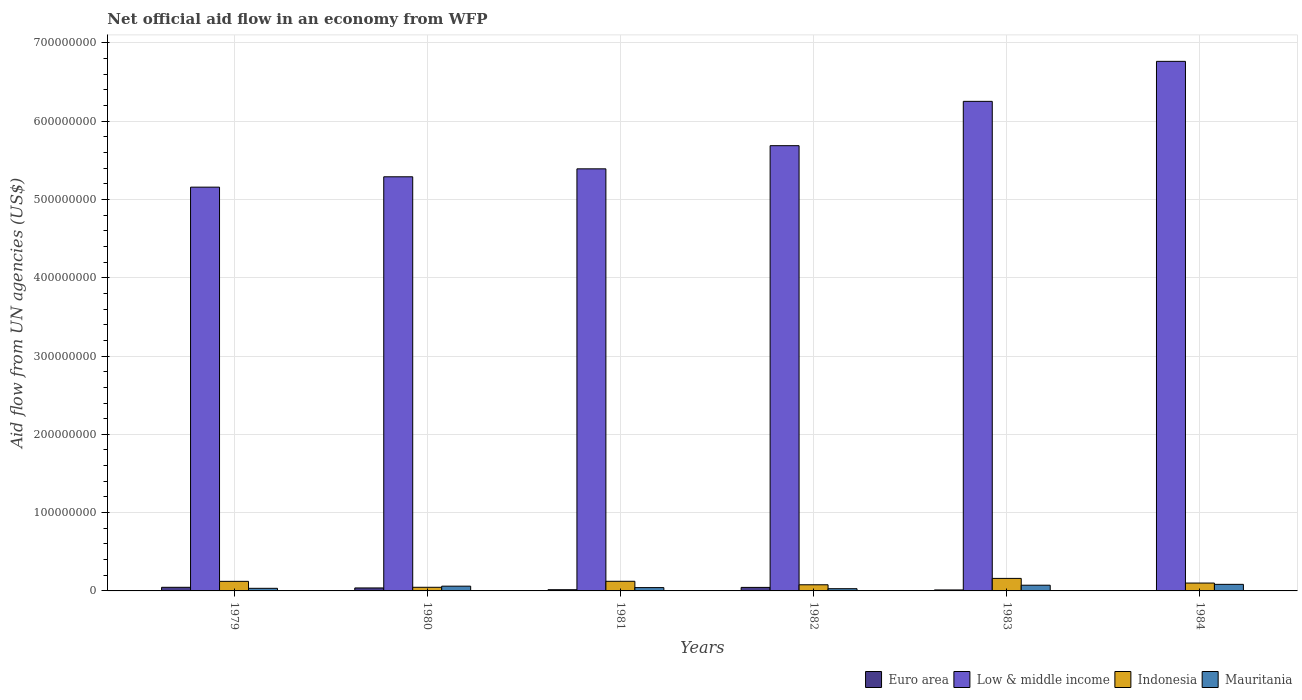
| Years | Euro area | Low & middle income | Indonesia | Mauritania |
 | --- | --- | --- | --- | --- |
 | 1979 | 4.62e+06 | 5.16e+08 | 1.22e+07 | 3.33e+06 |
 | 1980 | 3.8e+06 | 5.29e+08 | 4.63e+06 | 6.08e+06 |
 | 1981 | 1.54e+06 | 5.39e+08 | 1.23e+07 | 4.24e+06 |
 | 1982 | 4.49e+06 | 5.69e+08 | 7.85e+06 | 2.84e+06 |
 | 1983 | 1.25e+06 | 6.25e+08 | 1.6e+07 | 7.3e+06 |
 | 1984 | 2.2e+05 | 6.76e+08 | 1.00e+07 | 8.39e+06 |